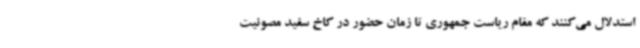
استدلال می‌کنند که مقام ریاست جمهوری تا زمان حضور در کاخ سفید مصونیت